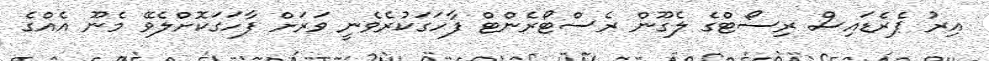
އިރު ޕެރެޑައިސް ރިސޯޓްގެ ލެގޫން ރެސްޓޯރެންޓް ފާހަގަކުރެވެނީ ވަރަށް ފާހަގަކޮށްލެވޭ މެނޫ އެއްގެ